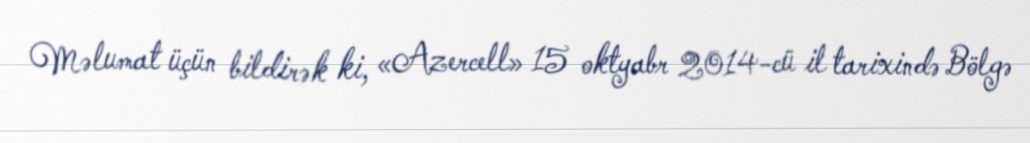
Məlumat üçün bildirək ki, «Azercell» 15 oktyabr 2014-cü il tarixində Bölgə